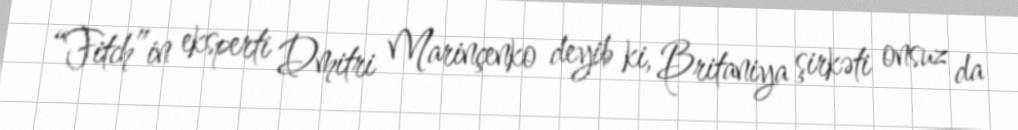
“Fitch”in eksperti Dmitri Marinçenko deyib ki, Britaniya şirkəti onsuz da